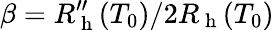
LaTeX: \beta=R_{\mathrm{~h~}}^{\prime\prime}(T_{0})/2R_{\mathrm{~h~}}(T_{0})